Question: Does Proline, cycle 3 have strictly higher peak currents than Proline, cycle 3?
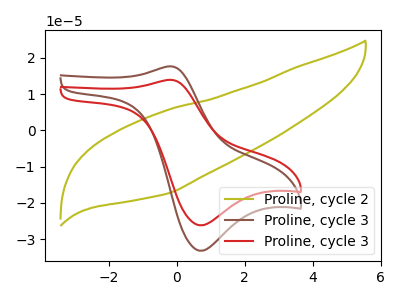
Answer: <think>The olive curve "Proline, cycle 2" has no peaks. The brown curve "Proline, cycle 3" has an anodic peak at (-0.15V, 17.65uA) and a cathodic peak at (0.70V, -33.25uA). The red curve "Proline, cycle 3" has an anodic peak at (-0.15V, 13.90uA) and a cathodic peak at (0.70V, -26.20uA).</think>
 <answer>Every peak in "Proline, cycle 3" is lower than every peak in "Proline, cycle 3".</answer>
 <eval>lower</eval>